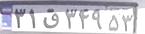
۳۱ق۳۴۹۵۳